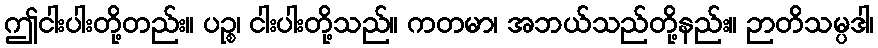
ဤငါးပါးတို့တည်း။ ပဉ္စ၊ ငါးပါးတို့သည်။ ကတမာ၊ အဘယ်သည်တို့နည်း။ ဉာတိသမ္ပဒါ၊